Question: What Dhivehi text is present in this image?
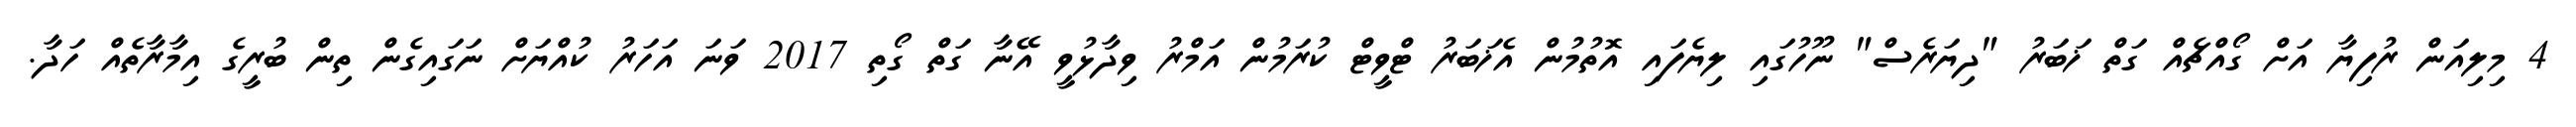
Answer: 4 މިލިއަން ރުފިޔާ އަށް ގޯއްޗެއް ގަތް ޚަބަރު "ދިޔަރެސް" ނޫހުގައި ލިޔެފައި އޮތުމުން އެޚަބަރު ޓްވީޓް ކުރަމުން އަމްރު ވިދާޅުވީ އޭނާ ގަތް ގޯތި 2017 ވަނަ އަހަރު ކުއްޔަށް ނަގައިގެން ތިން ބުރީގެ އިމާރާތެއް ހަދާ.